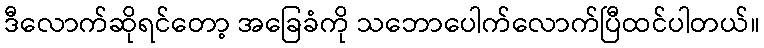
ဒီလောက်ဆိုရင်တော့ အခြေခံကို သဘောပေါက်လောက်ပြီထင်ပါတယ်။